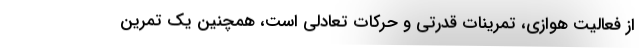
از فعالیت هوازی، تمرینات قدرتی و حرکات تعادلی است، همچنین یک تمرین